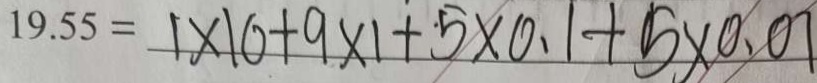
1 9 . 5 5 = 1 \times 1 0 + 9 \times 1 + 5 \times 0 . 1 + 5 \times 0 . 0 7